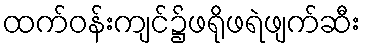
ထက်ဝန်းကျင်၌ဖရိုဖရဲဖျက်ဆီး